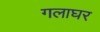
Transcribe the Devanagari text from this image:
गलाघर